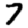
Digit: 7